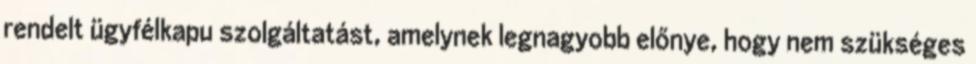
rendelt ügyfélkapu szolgáltatást, amelynek legnagyobb előnye, hogy nem szükséges